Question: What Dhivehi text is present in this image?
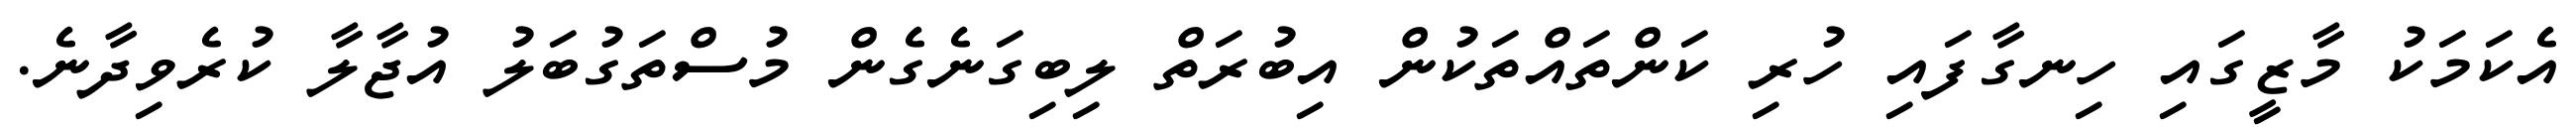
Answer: އެކަމަކު މާޒީގައި ހިނގާފައި ހުރި ކަންތައްތަކުން އިބުރަތް ލިބިގަނެގެން މުސްތަގުބަލު އުޖާލާ ކުރެވިދާނެ.